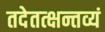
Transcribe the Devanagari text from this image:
तदेतत्क्षन्तव्यं